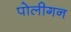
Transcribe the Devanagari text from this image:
पोलीगन